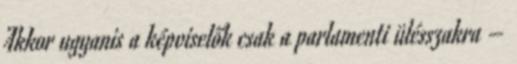
Akkor ugyanis a képviselők csak a parlamenti ülésszakra –